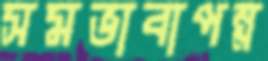
সমভাবাপন্ন